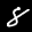
Label: 8